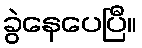
ခွဲနေပေပြီ။